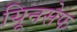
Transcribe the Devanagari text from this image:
यिूनसेफ